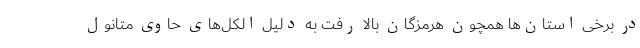
در برخی استان‌ها همچون هرمزگان بالا رفت به دلیل الکل‌های حاوی متانول